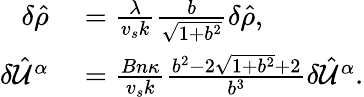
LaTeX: \begin{array}{rl}{\delta\hat{\rho}}&{{}=\frac{\lambda}{v_{s}k}\frac{b}{\sqrt{1+b^{2}}}\delta\hat{\rho},}\\ {\delta\hat{\mathcal{U}}^{\alpha}}&{{}=\frac{Bn\kappa}{v_{s}k}\frac{b^{2}-2\sqrt{1+b^{2}}+2}{b^{3}}\delta\hat{\mathcal{U}}^{\alpha}.}\end{array}